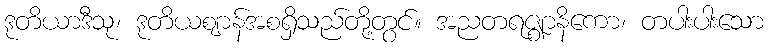
ဒုတိယာဒီသု၊ ဒုတိယဈာန်အစရှိသည်တို့တွင်။ အညတရဇ္ဈာနိကော၊ တပါးပါးသော